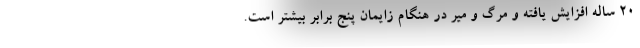
۲۰ ساله افزایش یافته و مرگ و میر در هنگام زایمان پنج برابر بیشتر است.